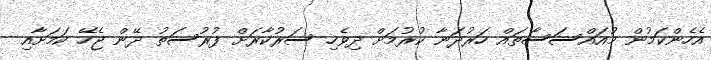
އެހެންކަމުން މުއައްސަސާތައް ހަރުދަނާ ކުރުމަށް ދިވެހި ސަރުކާރަށް ފުރުސަތު ދޭން ޖެހޭ ކަމަށާއި